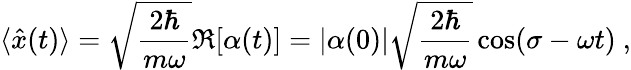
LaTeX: \langle{\hat{x}}(t)\rangle={\sqrt{\frac{2\hbar}{m\omega}}}\Re[\alpha(t)]=|\alpha(0)|{\sqrt{\frac{2\hbar}{m\omega}}}\cos(\sigma-\omega t)~,